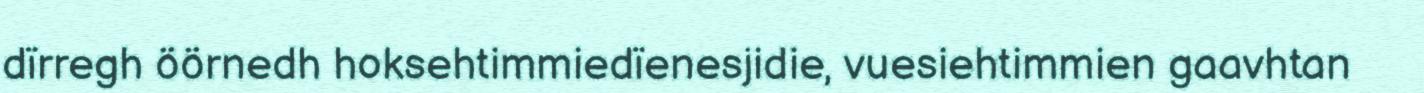
dïrregh öörnedh hoksehtimmiedïenesjidie, vuesiehtimmien gaavhtan